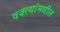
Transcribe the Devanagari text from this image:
वक्त्यांमधील